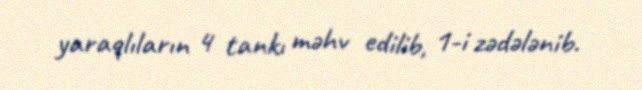
yaraqlıların 4 tankı məhv edilib, 1-i zədələnib.